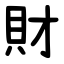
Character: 財